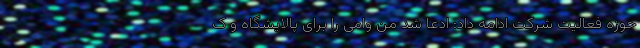
حوزه فعالیت شرکت ادامه داد: ادعا شد من وامی را برای پالایشگاه و ک